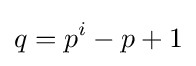
q=p^{i}-p+1